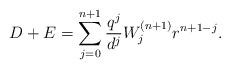
LaTeX: \begin{align*}D+E= \sum_{j=0}^{n+1} \frac{q^j}{d^j}W^{(n+1)}_jr^{n+1-j}.\end{align*}